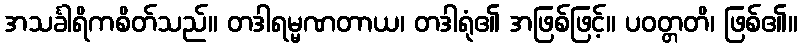
အသင်္ခါရိကစိတ်သည်။ တဒါရမ္မဏတာယ၊ တဒါရုံ၏ အဖြစ်ဖြင့်။ ပဝတ္တတိ၊ ဖြစ်၏။